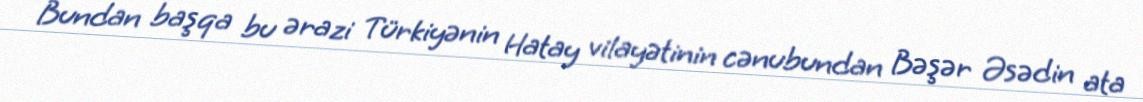
Bundan başqa bu ərazi Türkiyənin Hatay vilayətinin cənubundan Bəşər Əsədin ata